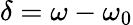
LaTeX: \delta=\omega-\omega_{0}